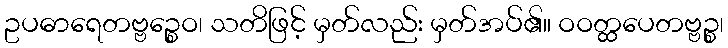
ဥပဓာရေတဗ္ဗဉ္စေဝ၊ သတိဖြင့် မှတ်လည်း မှတ်အပ်၏။ ဝဝတ္ထပေတဗ္ဗဉ္စ၊